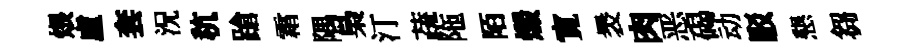
煨盧套況秔蹌霜隅梟汀蔬陁陌燬寛褁肉恶碣动駁懇芻